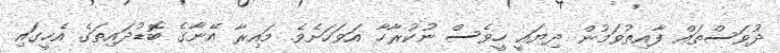
ދުވަސްތައް ފާއިތުވަމުން ދިޔައީ ހީވެސް ނުކުރާހާ އަވަހަށެވެ. މައިރާ އޭނާގެ ބޮޑުދައިތަގެ އެހީގައި